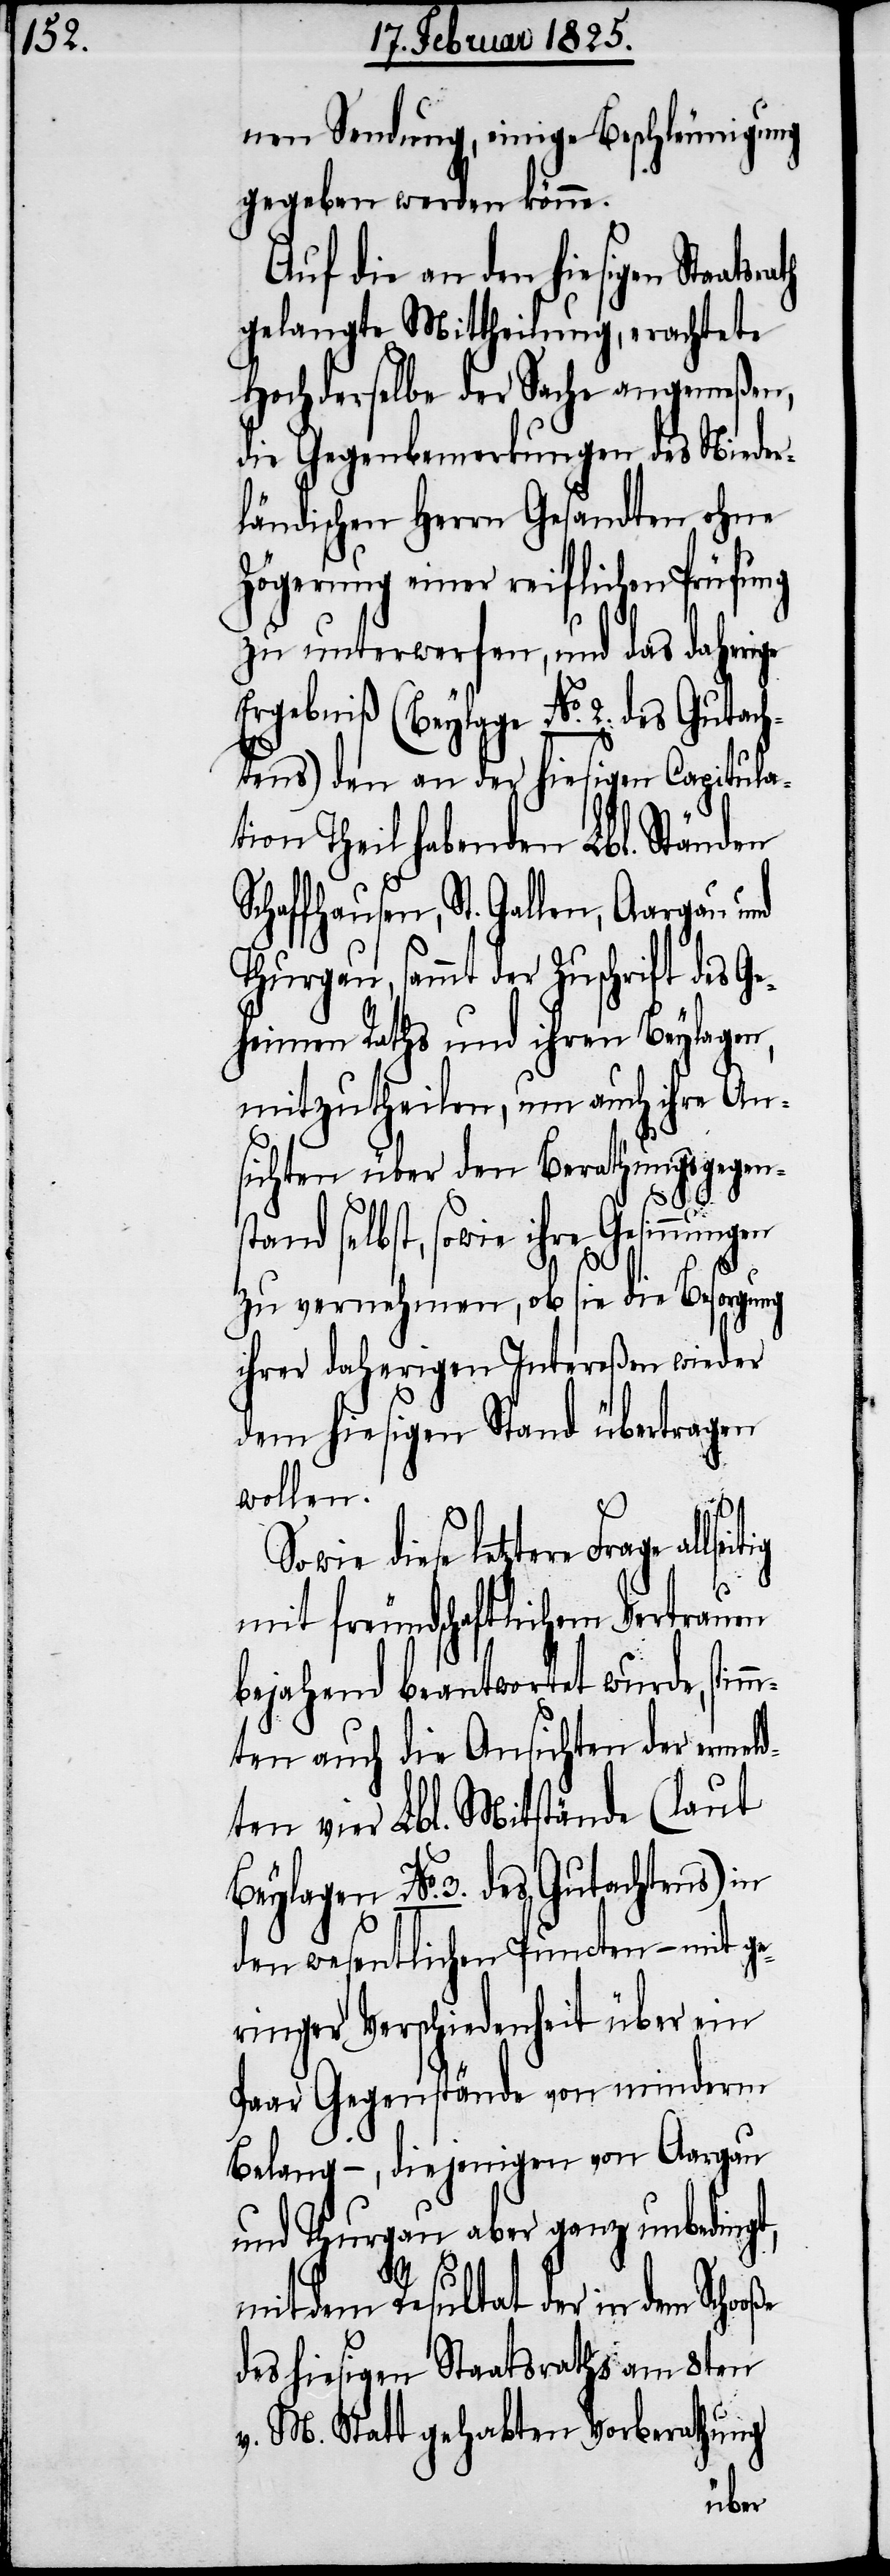
nen Sendung, einige Beschleunigung
gegeben werden könne.
Auf die an den hiesigen
gelangte Mittheilung, erachtete
Hochderselbe der Sache angemeßen,
die Gegenbemerkungen des Nieder¬
ländischen Herrn Gesandten ohne
Zögerung einer reiflichen Prüfung
zu unterwerfen, und das daherige
Ergebniß (Beylage No. 2. des Gutach¬
tens) den an der hiesigen Capitula¬
tion Theil habenden Lbl. Ständen
Schaffhausen, St. Gallen, Aargau und
Thurgau, sammt der Zuschrift des Ge¬
heimen Raths und ihren Beylagen,
mitzutheilen, um auch ihre An¬
sichten über den Berathungsgegens¬
tand selbst, sowie ihre
zu vernehmen, ob sie die Besorgung
ihrer daherigen Intereßen wieder
dem hiesigen Stand übertragen
wollen.
Sowie diese letztere Frage
mit freundschaftlichem Vertrauen
bejahend beantwortet wurde, stim¬
mten auch die Ansichten der ermeld¬
ten vier Lbl. Mitstände (laut
Beylagen No. 3. des Gutachtens) in
den wesentlichen Puncten – mit ge¬
ringer Verschiedenheit über ein
Paar Gegenstände von minderm
Belang −, diejenigen von Aargau
und Thurgau aber ganz unbedingt,
mit dem Resultat der in dem
des hiesigen Staatsraths am 8ten
v. M. Statt gehabten Vorberathung